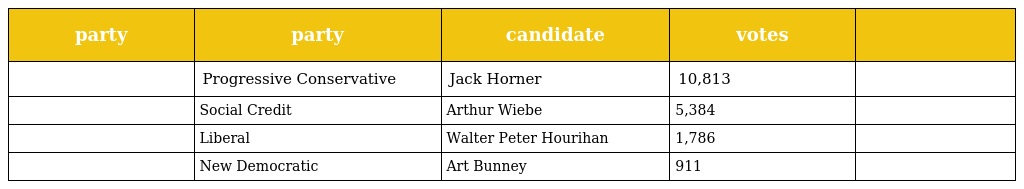
| party | party | candidate | votes |  |
 | --- | --- | --- | --- | --- |
 |  | Progressive Conservative | Jack Horner | 10,813 |  |
 |  | Social Credit | Arthur Wiebe | 5,384 |  |
 |  | Liberal | Walter Peter Hourihan | 1,786 |  |
 |  | New Democratic | Art Bunney | 911 |  |